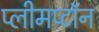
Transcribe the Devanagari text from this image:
प्लीमप्टॉन